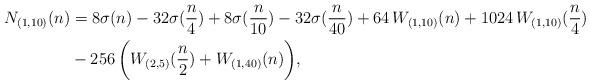
LaTeX: \begin{align*}N_{(1,10)}(n) & = 8\sigma(n) - 32\sigma(\frac{n}{4}) + 8\sigma(\frac{n}{10}) -32\sigma(\frac{n}{40}) + 64\, W_{(1,10)}(n) + 1024\, W_{(1,10)}(\frac{n}{4}) \\ & - 256\, \biggl( W_{(2,5)}(\frac{n}{2}) + W_{(1,40)}(n) \biggr), \end{align*}